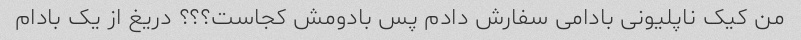
من کیک ناپلیونی بادامی سفارش دادم پس بادومش کجاست؟؟؟ دریغ از یک بادام